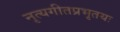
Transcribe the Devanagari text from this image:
नृत्यगीतप्रभृतयः